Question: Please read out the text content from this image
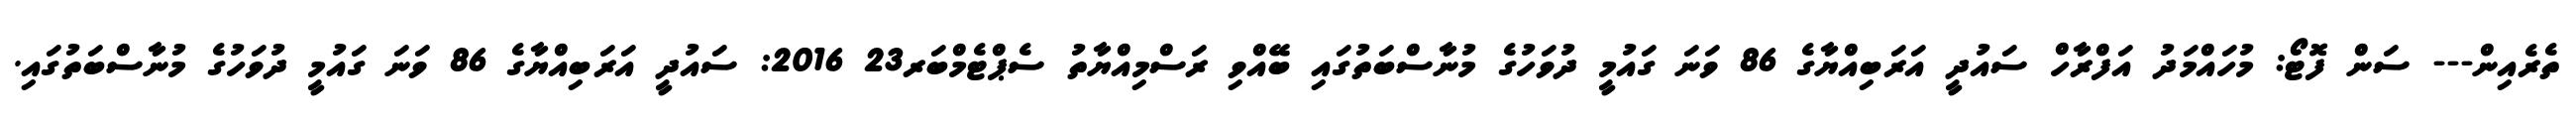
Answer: ތެރެއިން--- ސަން ފޮޓޯ: މުހައްމަދު އަފްރާހް ސައުދީ އަރަބިއްޔާގެ 86 ވަނަ ގައުމީ ދުވަހުގެ މުނާސްބަތުގައި ބޭއްވި ރަސްމިއްޔާތު ސެޕްޓެމްބަރ23 2016: ސައުދީ އަރަބިއްޔާގެ 86 ވަނަ ގައުމީ ދުވަހުގެ މުނާސްބަތުގައި.